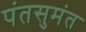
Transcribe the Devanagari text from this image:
पंतसुमंत